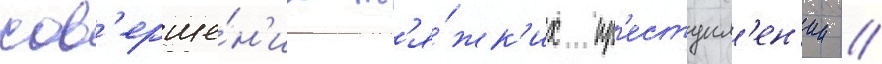
сов'ерше́н'ии т'я́жк'их пр'еступл'ен'ии //